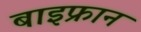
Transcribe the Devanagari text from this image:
बाइफ्रान